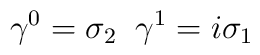
\gamma ^{0}=\sigma _{2}\; \; \gamma ^{1}=i\sigma _{1}